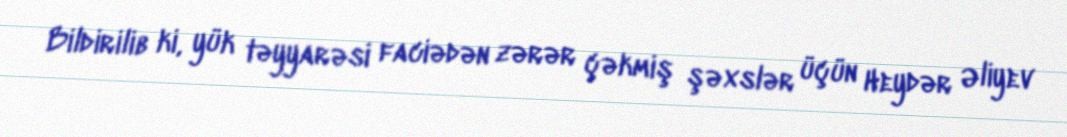
Bildirilib ki, yük təyyarəsi faciədən zərər çəkmiş şəxslər üçün Heydər Əliyev